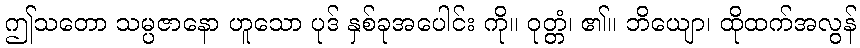
ဤသတော သမ္ပဇာနော ဟူသော ပုဒ် နှစ်ခုအပေါင်း ကို။ ဝုတ္တံ၊ ၏။ ဘိယျော၊ ထိုထက်အလွန်